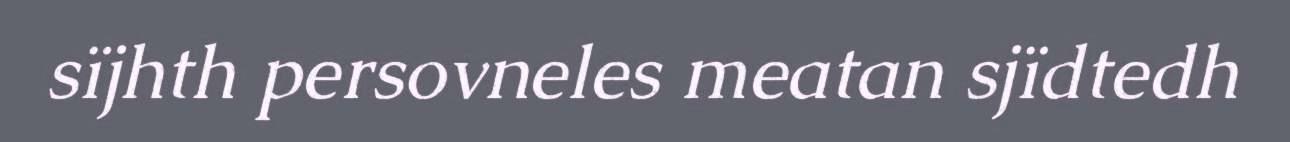
sïjhth persovneles meatan sjïdtedh